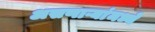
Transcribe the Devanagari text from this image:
असणाऱ्यांमध्ये